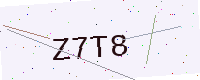
Text: Z7T8